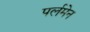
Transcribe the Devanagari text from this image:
पर्लमेन